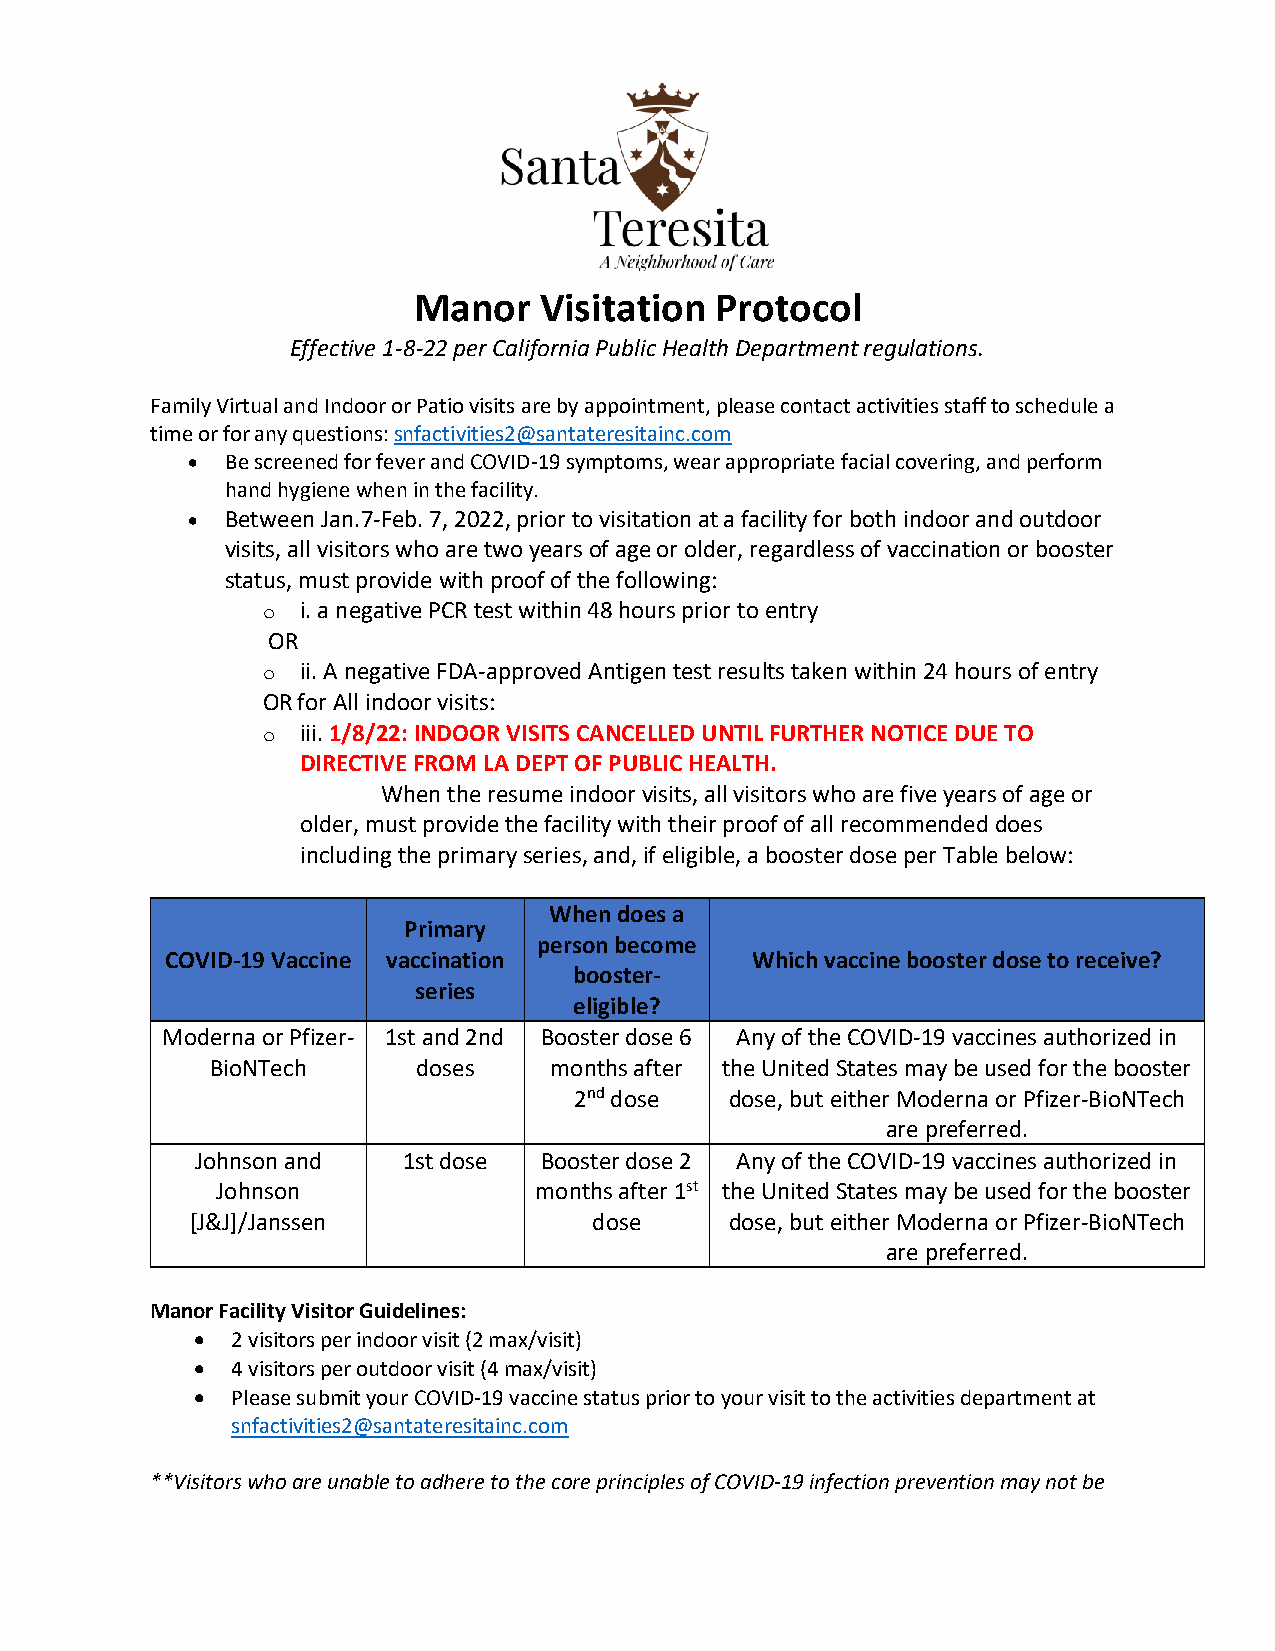
Manor    Visitation Protocol
 Effective 1-8-22 per California Public Health Department regulations.
 Family Virtual and Indoor or Patio visits are by appointment, please contact activities staff to schedule a
 time or for any questions: snfactivities2@santateresitainc.com
 •  Be screened for fever and COVID-19 symptoms, wear appropriate facial covering, and perform
 hand hygiene when in the facility.
 •  Between Jan.7-Feb. 7, 2022, prior to visitation at a facility for both indoor and outdoor
 visits, all visitors who are two years of age or older, regardless of vaccination or booster
 status, must provide with proof of the following:
 o  i. a negative PCR test within 48 hours prior to entry
 OR
 o  ii. A negative FDA-approved Antigen test results taken within 24 hours of entry
 OR for All indoor visits:
 o  iii. 1/8/22: INDOOR VISITS CANCELLED UNTIL FURTHER NOTICE DUE TO
 DIRECTIVE FROM LA DEPT OF PUBLIC HEALTH.
 When the resume indoor visits, all visitors who are five years of age or
 older, must provide the facility with their proof of all recommended does
 including the primary series, and, if eligible, a booster dose per Table below:
 When does a
 Primary
 person become
 COVID-19 Vaccine vaccination           Which vaccine booster dose to receive?
 booster-
 series
 eligible?
 Moderna or Pfizer- 1st and 2nd Booster dose 6 Any of the COVID-19 vaccines authorized in
 BioNTech      doses   months after the United States may be used for the booster
 2nd dose  dose, but either Moderna or Pfizer-BioNTech
 are preferred.
 Johnson and   1st dose Booster dose 2 Any of the COVID-19 vaccines authorized in
 Johnson              months after 1st the United States may be used for the booster
 [J&J]/Janssen             dose     dose, but either Moderna or Pfizer-BioNTech
 are preferred.
 Manor Facility Visitor Guidelines:
 • 2 visitors per indoor visit (2 max/visit)
 • 4 visitors per outdoor visit (4 max/visit)
 • Please submit your COVID-19 vaccine status prior to your visit to the activities department at
 snfactivities2@santateresitainc.com
 **Visitors who are unable to adhere to the core principles of COVID-19 infection prevention may not be